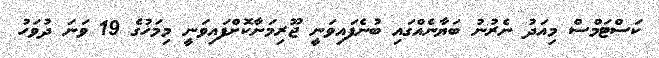
ކަސްޓަމްސް މިއަދު ނެރުނު ބަޔާނެއްގައި ބުނެފައިވަނީ ޖޫރިމަނާކޮށްފައިވަނީ މިމަހުގެ 19 ވަނަ ދުވަހު